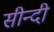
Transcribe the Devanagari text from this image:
सीन्दी